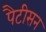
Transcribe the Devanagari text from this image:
पैटीसन